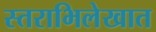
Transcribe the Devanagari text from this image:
स्तराभिलेखात